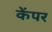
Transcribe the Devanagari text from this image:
केंपर